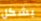
بشكل